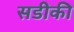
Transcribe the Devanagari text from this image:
सडीकी